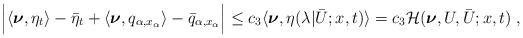
LaTeX: \begin{align*}\begin{aligned} \Big|\langle\boldsymbol{\nu},\eta_t\rangle -\bar\eta_t+ \langle\boldsymbol{\nu},q_{\alpha,x_\alpha}\rangle-\bar q_{\alpha,x_\alpha}\Big| &\le c_3 \langle \boldsymbol{\nu} , \eta (\lambda | \bar U;x,t ) \rangle = c_3 \mathcal{H} ( \boldsymbol{\nu},U,\bar{U};x,t)\;,\end{aligned}\end{align*}